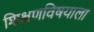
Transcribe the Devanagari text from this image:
शिक्षणविषयाला